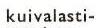
kuivalasti-